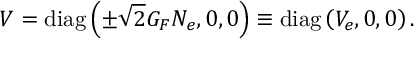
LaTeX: V = \mathrm { d i a g } \left( \pm \sqrt { 2 } G _ { F } N _ { e } , 0 , 0 \right) \equiv \mathrm { d i a g } \left( V _ { e } , 0 , 0 \right) .